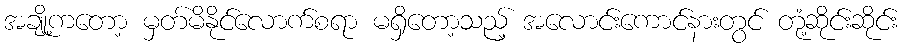
အချို့ကတော့ မှတ်မိနိုင်လောက်စရာ မရှိတော့သည့် အလောင်းကောင်နားတွင် တုံ့ဆိုင်းဆိုင်း